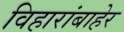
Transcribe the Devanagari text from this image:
विहारांबाहेर